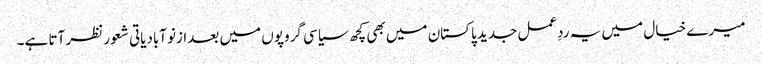
میرے خیال میں یہ ردِعمل جدید پاکستان میں بھی کچھ سیاسی گروپوں میں بعدازنوآبادیاتی شعور نظر آتا ہے۔